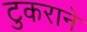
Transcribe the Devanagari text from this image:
टुकराने